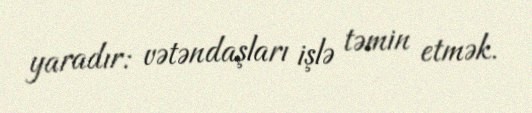
yaradır: vətəndaşları işlə təmin etmək.